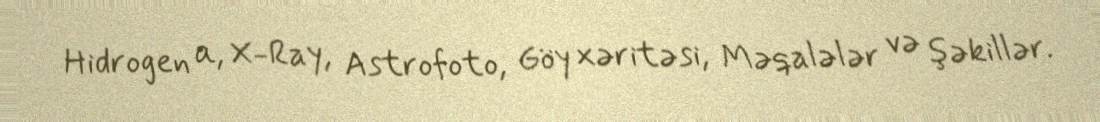
Hidrogen α, X-Ray, Astrofoto, Göy xəritəsi, Məqalələr və şəkillər.